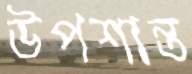
উপশান্ত